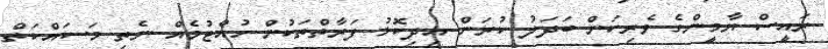
ރައީސް ޔާމީންގެ ވެރިކަން ބަދަލު ކުރަން އިދިކޮޅު ފަރާތްތަކުން ހުއްޓުމެއް ނެތި މަސައްކަތް